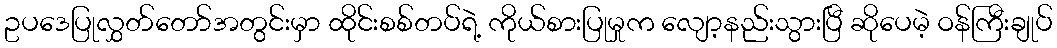
ဥပဒေပြုလွှတ်တော်အတွင်းမှာ ထိုင်းစစ်တပ်ရဲ့ ကိုယ်စားပြုမှုက လျော့နည်းသွားပြီ ဆိုပေမဲ့ ဝန်ကြီးချုပ်